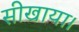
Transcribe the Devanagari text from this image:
सीखाया।